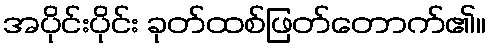
အပိုင်းပိုင်း ခုတ်ထစ်ဖြတ်တောက်၏။